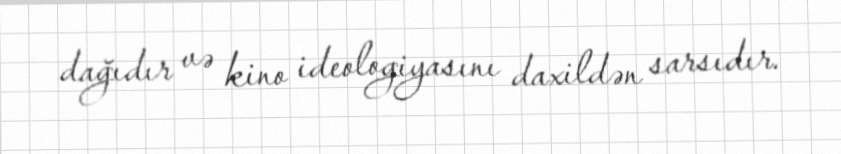
dağıdır və kino ideologiyasını daxildən sarsıdır.